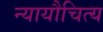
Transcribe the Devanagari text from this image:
न्यायौचित्य